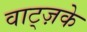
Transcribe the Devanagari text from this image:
वाट्ज़के